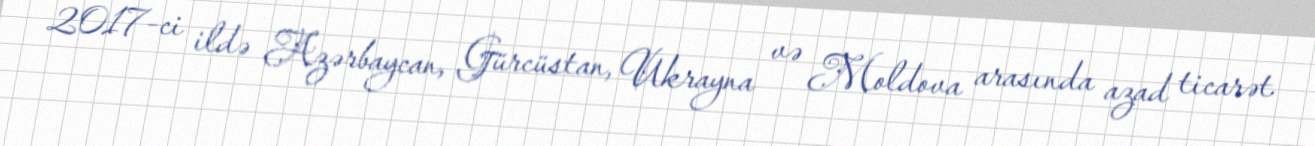
2017-ci ildə Azərbaycan, Gürcüstan, Ukrayna və Moldova arasında azad ticarət